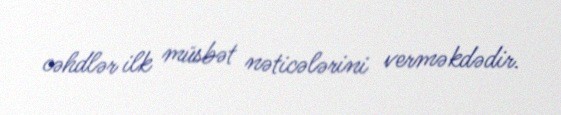
cəhdlər ilk müsbət nəticələrini verməkdədir.